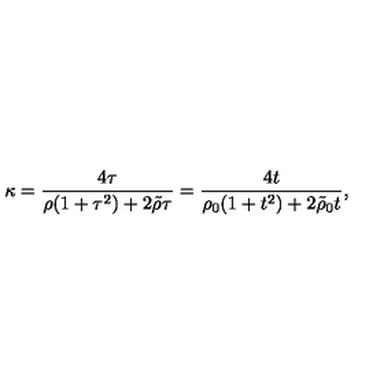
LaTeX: \kappa = { \frac { 4 \tau } { \rho ( 1 + \tau ^ { 2 } ) + 2 \tilde { \rho } \tau } } = { \frac { 4 t } { \rho _ { 0 } ( 1 + t ^ { 2 } ) + 2 \tilde { \rho } _ { 0 } t } } ,